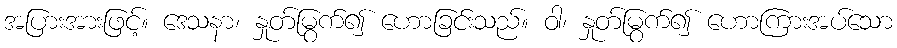
အပြားအားဖြင့်။ ဒေသနာ၊ နှုတ်မြွက်၍ ဟောခြင်းသည်။ ဝါ၊ နှုတ်မြွက်၍ ဟောကြားအပ်သော